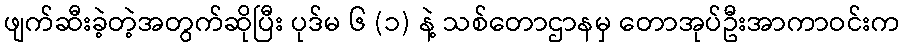
ဖျက်ဆီးခဲ့တဲ့အတွက်ဆိုပြီး ပုဒ်မ ၆ (၁) နဲ့ သစ်တောဌာနမှ တောအုပ်ဦးအာကာဝင်းက